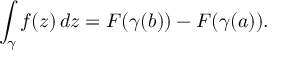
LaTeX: \int _ { \gamma } f ( z ) \, d z = F ( \gamma ( b ) ) - F ( \gamma ( a ) ) .